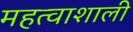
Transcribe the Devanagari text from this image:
महत्वाशाली